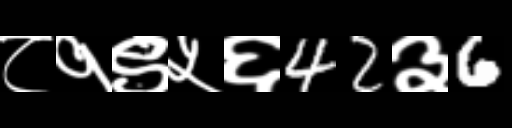
Text: ८१९५६42३6